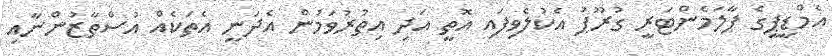
އެމްޑީޕީގެ ޕާލަމެންޓަރީ ގުރޫޕު އެކުލެވިފައި އޮތީ އަދި އިތުރުވަމުން އެދަނީ އެތަކެއް އުސްތާޒުންނާއި